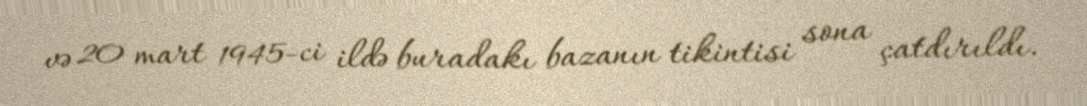
və 20 mart 1945-ci ildə buradakı bazanın tikintisi sona çatdırıldı.